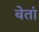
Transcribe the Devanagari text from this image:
बेतां